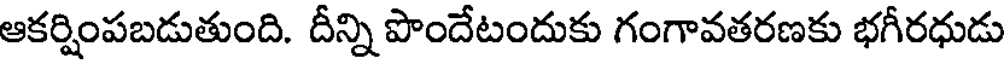
ఆకర్షింపబడుతుంది. దీన్ని పొందేటందుకు గంగావతరణకు భగీరధుడు